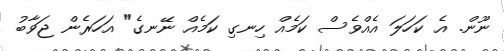
ނޫން. އެ ކަހަލަ އެއްވެސް ކަމެއް ހިނގި ކަމެއް ނޭނގެ" އަހަރެން ޖަވާބު